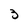
Character: 3